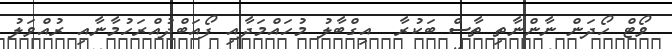
ވޯޓް ހޯދަން ނާންނާތި ތާސް ބަކުރާ  އިގްބާލު މުހައްމަދާއި ފޯއަބްދުއްރަހުމާނާއި ރުއްވަލު